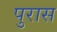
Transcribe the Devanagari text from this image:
पुरास